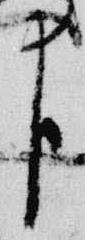
臣